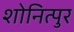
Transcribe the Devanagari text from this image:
शोनित्पुर